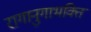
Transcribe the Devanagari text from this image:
रागानुगाभक्ति